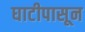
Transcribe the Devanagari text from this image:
घाटीपासून